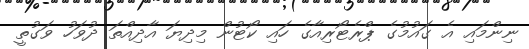
ނިންމައި އެ ގައުމުގެ ޕްރެޓޯރިއާގެ ހައި ކޯޓުން މިދިޔަ އާދިއްތަ ދުވަހު ވަގުތީ